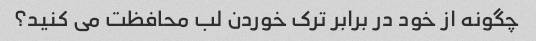
چگونه از خود در برابر ترک خوردن لب محافظت می کنید؟